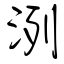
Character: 洌